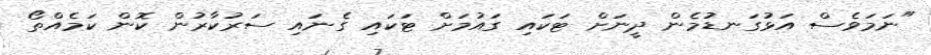
"ނަމަވެސް އަޅުގަނޑުމެން ދީނަށް ޓަކައި ގައުމަށް ޓަކައި ގެނައި ސަރުކާރުން ކޮން ކަމެއްތޯ